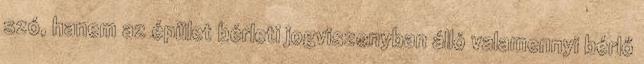
szó, hanem az épület bérleti jogviszonyban álló valamennyi bérlő